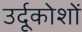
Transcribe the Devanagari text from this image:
उर्दूकोशों